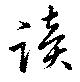
読